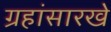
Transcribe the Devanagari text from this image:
ग्रहांसारखे